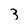
Character: 3